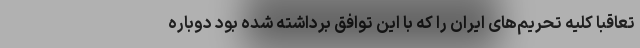
تعاقباً کلیه تحریم‌های ایران را که با این توافق برداشته شده بود دوباره